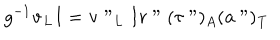
g ^ { - 1 } { \bf v } _ { L } I = { \bf v } " _ { L } I r " ( \tau " ) _ { A } ( { \bf a } " ) _ { \bf T }